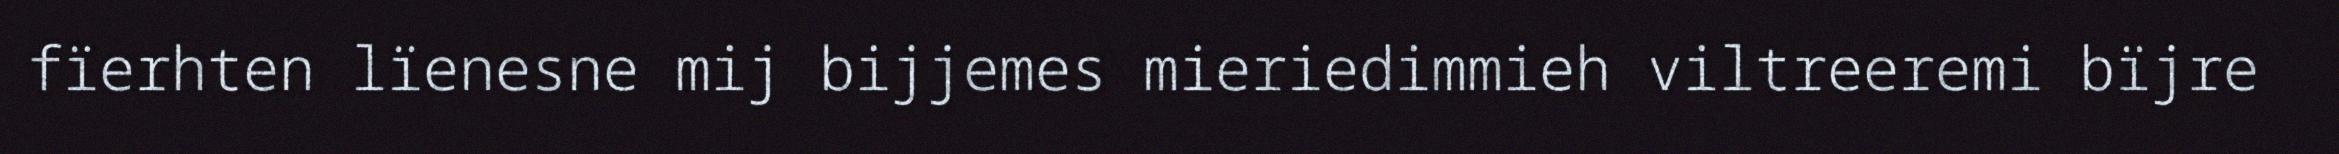
fïerhten lïenesne mij bijjemes mieriedimmieh viltreeremi bïjre